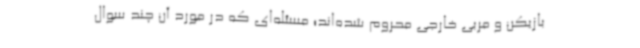
بازیکن و مربی خارجی محروم شده‌اند؛ مسئله‌ای که در مورد آن چند سوال